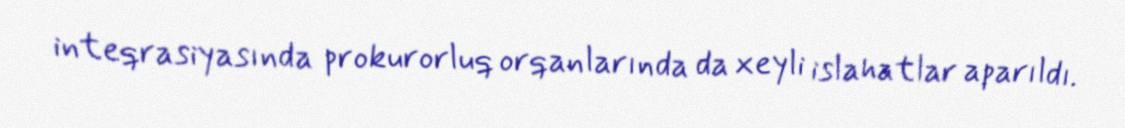
inteqrasiyasında prokurorluq orqanlarında da xeyli islahatlar aparıldı.